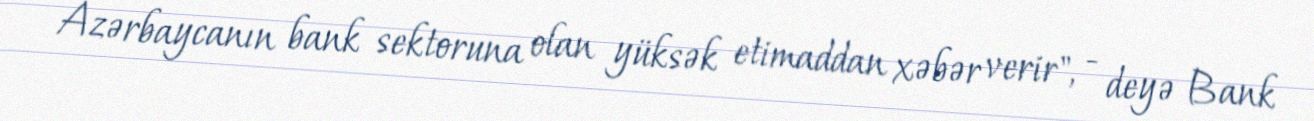
Azərbaycanın bank sektoruna olan yüksək etimaddan xəbər verir", - deyə Bank